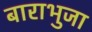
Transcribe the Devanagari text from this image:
बाराभुजा